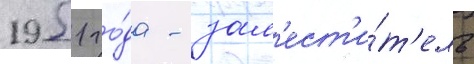
1951 го́да - зам'ест'и́т'ель